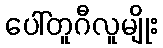
ပေါ်တူဂီလူမျိုး